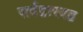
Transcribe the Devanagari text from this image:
सर्वद्वारबद्व